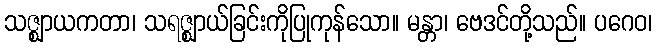
သဇ္ဈာယကတာ၊ သရဇ္ဈာယ်ခြင်းကိုပြုကုန်သော။ မန္တာ၊ ဗေဒင်တို့သည်။ ပဂေဝ၊